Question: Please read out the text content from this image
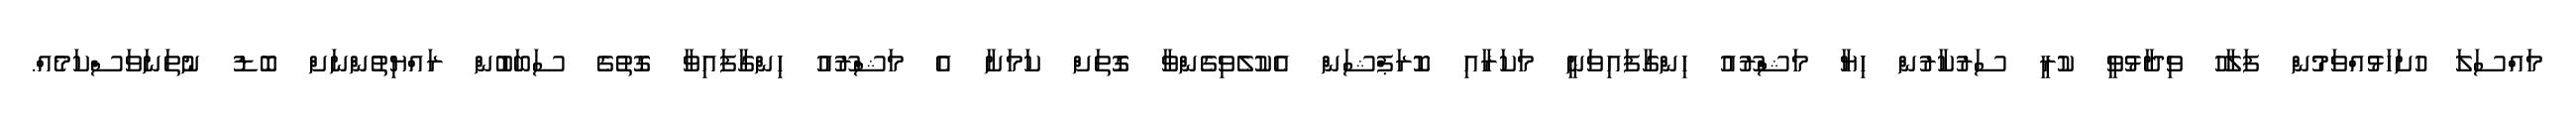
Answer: މައްސަލަ ހުށަހަޅުއްވަމުން ފަލާހު ވިދާޅުވީ ކުރީ ސަރުކާރުން ހިޔާ މަޝްރޫއު ހިންގާފައިވަނީ މަކަރާއި ކޮރަޕްޝަން އެކުލެވިގެންވާ ގޮތަށް ކަމަށާ އެ މަޝްރޫއު ހިންގާފައިވާ ގޮތުގެ ސަބަބުން ރައްޔިތުންނަށް ބޮޑު ނުތަނަވަސްކަމެއް.